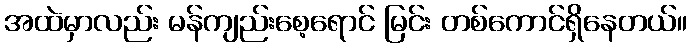
အထဲမှာလည်း မန်ကျည်းစေ့ရောင် မြင်း တစ်ကောင်ရှိနေတယ်။